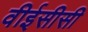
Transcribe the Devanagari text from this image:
वीईसीसी